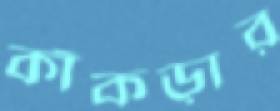
কাঁকড়ার